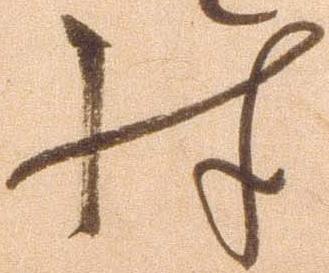
殊